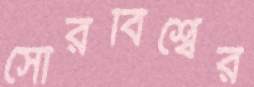
সৌরবিশ্বের